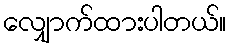
လျှောက်ထားပါတယ်။